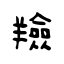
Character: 羷